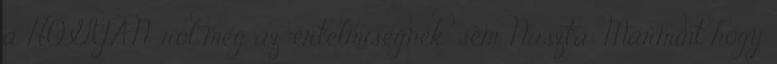
a HOGYAN-ról még az "értelmiségnek" sem. Naszta: Marmint hogy